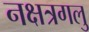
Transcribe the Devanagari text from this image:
नक्षत्रगलु